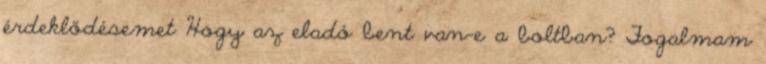
érdeklődésemet Hogy az eladó bent van-e a boltban? Fogalmam